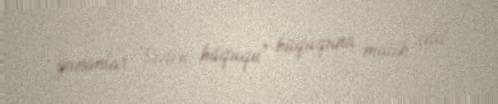
yunanlar "Sidon hüququ" hüququna malik idil.